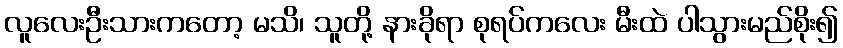
လူလေးဦးသားကတော့ မသိ၊ သူတို့ နားခိုရာ စုရပ်ကလေး မီးထဲ ပါသွားမည်စိုး၍